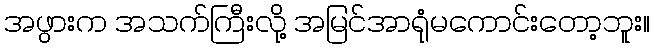
အဖွားက အသက်ကြီးလို့ အမြင်အာရုံမကောင်းတော့ဘူး။